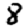
Digit: 8